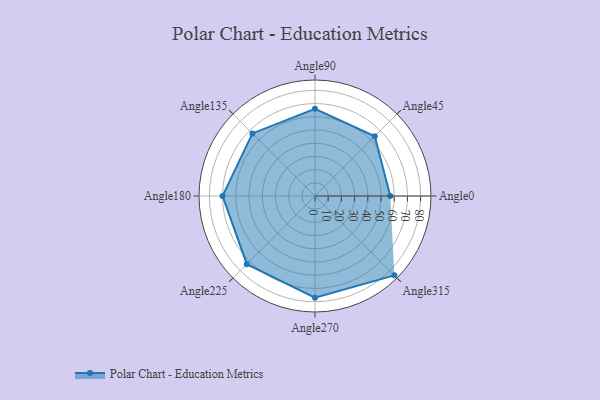
{"axis": {"x": "Angle", "y": "Radius"}, "legend": [""], "data": [{"x": "Angle0", "y": 57.0, "type": ""}, {"x": "Angle45", "y": 64.0, "type": ""}, {"x": "Angle90", "y": 66.0, "type": ""}, {"x": "Angle135", "y": 67.0, "type": ""}, {"x": "Angle180", "y": 70.0, "type": ""}, {"x": "Angle225", "y": 73.0, "type": ""}, {"x": "Angle270", "y": 77.0, "type": ""}, {"x": "Angle315", "y": 85.0, "type": ""}]}